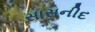
સાસનીદ